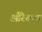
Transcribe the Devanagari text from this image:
औरेकल